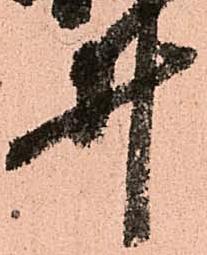
井